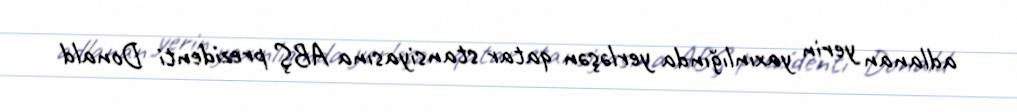
adlanan yerin yaxınlığında yerləşən qatar stansiyasına ABŞ prezidenti Donald